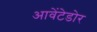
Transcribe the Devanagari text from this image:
आवेंटेडोर